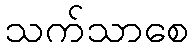
သက်သာစေ